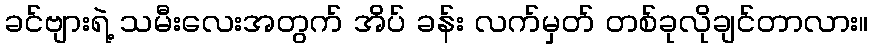
ခင်ဗျားရဲ့ သမီးလေးအတွက် အိပ် ခန်း လက်မှတ် တစ်ခုလိုချင်တာလား။